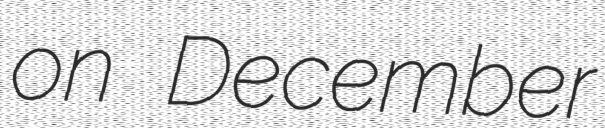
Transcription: on December